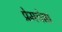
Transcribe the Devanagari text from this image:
प्रेमचेष्टा